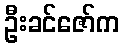
ဦးခင်ဇော်က